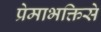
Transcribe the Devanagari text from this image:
प्रेमाभक्तिसे